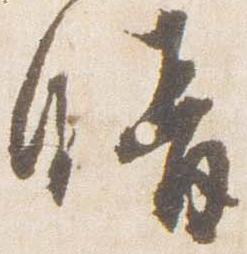
晴